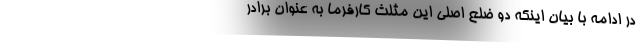
در ادامه با بيان اينكه دو ضلع اصلي اين مثلث كارفرما به عنوان برادر